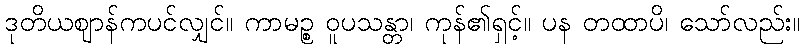
ဒုတိယဈာန်ကပင်လျှင်။ ကာမဉ္စ ဝူပသန္တာ၊ ကုန်၏ရှင့်။ ပန တထာပိ၊ သော်လည်း။